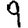
Digit: 9